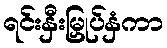
ရင်းနှီးမြှုပ်နှံကာ